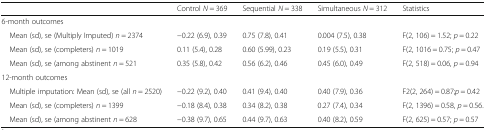
|  | Control N = 369 | Sequential N = 338 | Simultaneous N = 312 | Statistics |
 | --- | --- | --- | --- | --- |
 | <COLSPAN=5> 6-month outcomes |
 | Mean (sd), se (Multiply Imputed) n = 2374 | −0.22 (6.9), 0.39 | 0.75 (7.8), 0.41 | 0.004 (7.5), 0.38 | F(2, 106) = 1.52; p = 0.22 |
 | Mean (sd), se (completers) n = 1019 | 0.11 (5.4), 0.28 | 0.60 (5.99), 0.23 | 0.19 (5.5), 0.31 | F(2, 1016 = 0.75; p = 0.47 |
 | Mean (sd), se (among abstinent n = 521 | 0.35 (5.8), 0.42 | 0.56 (6.2), 0.46 | 0.45 (6.0), 0.49 | F(2, 518) = 0.06, p = 0.94 |
 | <COLSPAN=5> 12-month outcomes |
 | Multiple imputation: Mean (sd), se (all n = 2520) | −0.22 (9.2), 0.40 | 0.41 (9.4), 0.40 | 0.40 (7.9), 0.36 | F2(2, 264) = 0.87;p = 0.42 |
 | Mean (sd), se (completers) n = 1399 | −0.18 (8.4), 0.38 | 0.34 (8.2), 0.38 | 0.27 (7.4), 0.34 | F(2, 1396) = 0.58, p = 0.56. |
 | Mean (sd), se (among abstinent n = 628 | −0.38 (9.7), 0.65 | 0.44 (9.7), 0.63 | 0.40 (8.2), 0.59 | F(2, 625) = 0.57; p = 0.57 |